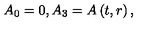
A _ { 0 } = 0 , A _ { 3 } = A \left( t , r \right) ,